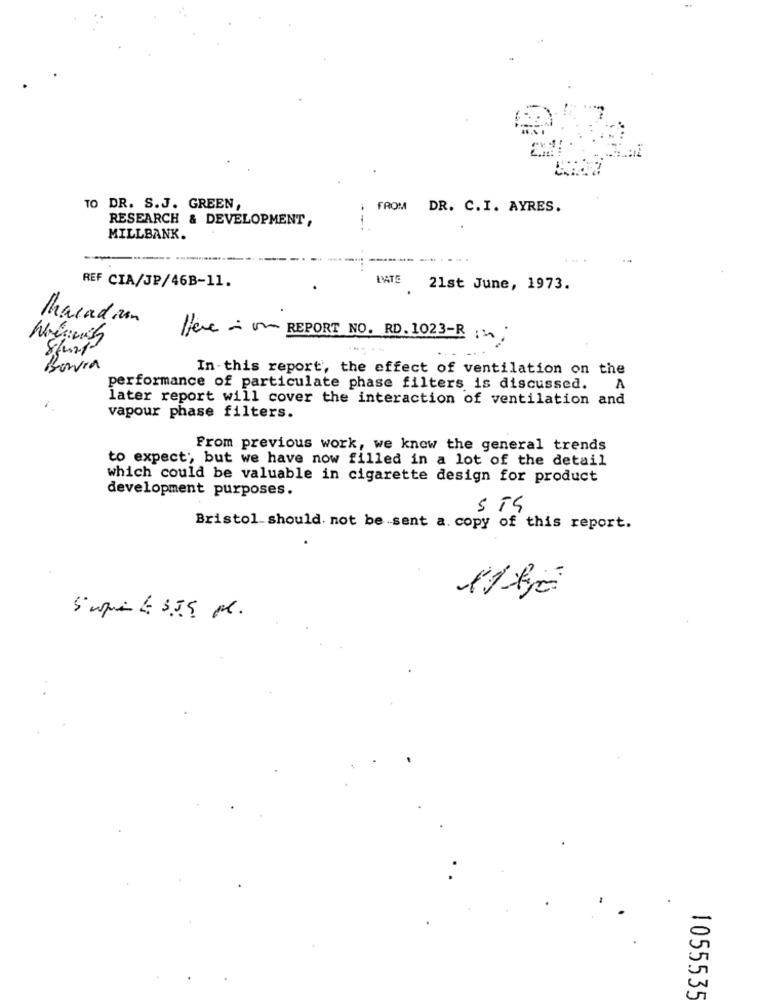
TO DR. S.J. GREEN,
FROM DR. C. I. AYRES.
RESEARCH & DEVELOPMENT,
MILLBANK.
LATE
REF CIA/JP/46B-11.
21st June, 1973.
Marad un
Here ~ ~~ REPORT NO. RD. 1023-R ;
Barra
In-this report', the effect of ventilation on the
performance of particulate phase filters is discussed. A
later report will cover the interaction of ventilation and
vapour phase filters.
From previous work, we knew the general trends
to expect ;, but we have now filled in a lot of the detail
which could be valuable in cigarette design for product
development purposes.
Bristol should not be sent a. copy of this report.
11 kg
5 aqui La 3.5.5 pl.
1055535